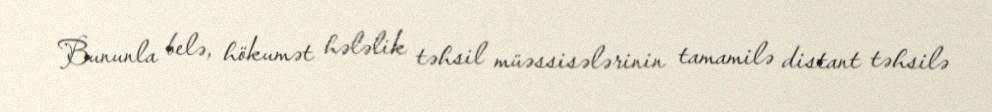
Bununla belə, hökumət hələlik təhsil müəssisələrinin tamamilə distant təhsilə